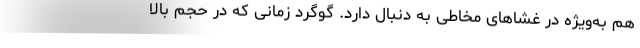
هم به‌ویژه در غشاهای مخاطی به دنبال دارد. گوگرد زمانی که در حجم بالا